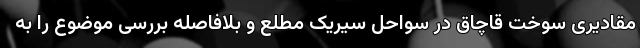
مقادیری سوخت قاچاق در سواحل سیریک مطلع و بلافاصله بررسی موضوع را به